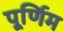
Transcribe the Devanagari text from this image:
पूर्णिम